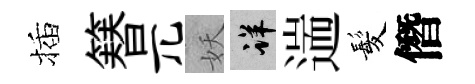
插簮兀妖详遄髪僭